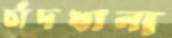
চাঁদখানা